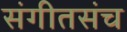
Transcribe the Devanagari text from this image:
संगीतसंच